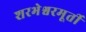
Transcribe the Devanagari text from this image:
शरभेश्वरमूर्ती